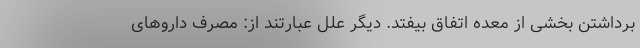
برداشتن بخشی از معده اتفاق بیفتد. دیگر علل عبارتند از: مصرف داروهای